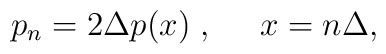
p_n = 2 \Delta p(x) \; , \;\;\;\;\; x = n \Delta  ,